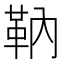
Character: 靹